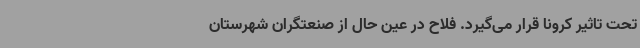
تحت تاثیر کرونا قرار می‌گیرد. فلاح در عین حال از صنعتگران شهرستان